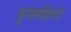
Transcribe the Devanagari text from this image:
फुगलोंसांना